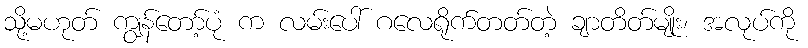
သို့မဟုတ် ကျွန်တော့်ပုံ က လမ်းပေါ် ဂလေရိုက်တတ်တဲ့ ချာတိတ်မျိုး၊ အလုပ်ကို